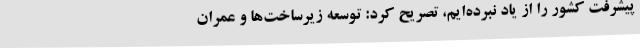
پیشرفت کشور را از یاد نبرده‌ایم، تصریح کرد: توسعه زیرساخت‌ها و عمران